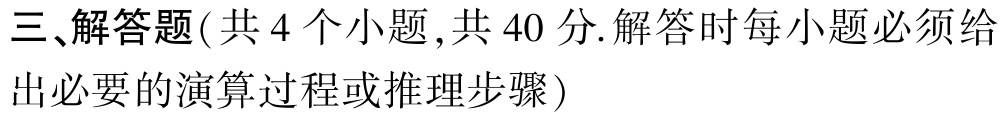
三、解答题(共 4 个小题 ,共 40 分.解答时每小题必须给出必要的演算过程或推理步骤)